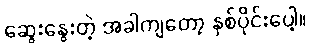
ဆွေးနွေးတဲ့ အခါကျတော့ နှစ်ပိုင်းပေါ့။